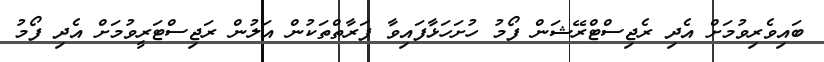
ބައިވެރިވުމަށް އެދި ރެޖިސްޓްރޭޝަން ފޯމު ހުށަހަޅާފައިވާ ފަރާތްތަކުން އަލުން ރަޖިސްޓަރީވުމަށް އެދި ފޯމު